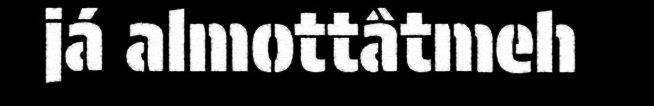
já almottâtmeh